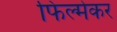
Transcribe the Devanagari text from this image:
फिल्मेकर